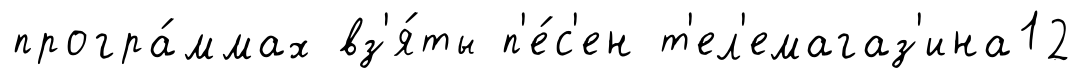
програ́ммах вз'я́ты п'е́с'ен т'ел'емагаз'ина12